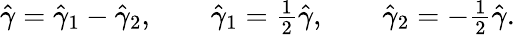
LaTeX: \begin{array}{r}{\hat{\gamma}=\hat{\gamma}_{1}-\hat{\gamma}_{2},\quad\quad\hat{\gamma}_{1}=\frac{1}{2}\hat{\gamma},\quad\quad\hat{\gamma}_{2}=-\frac{1}{2}\hat{\gamma}.}\end{array}